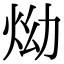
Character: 㶭